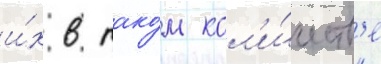
и́х в тако́м кол'и́честв'е